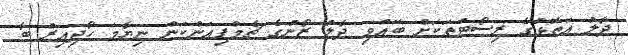
ދާލު އަތޮޅުގެ ރިސޯޓުތަކަށް ބޭއްވި ދާލު ޒޯނުގެ ޗެމްޕިއަންކަން ނިޔާމަ ހޯދިއިރު ބާ